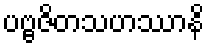
ပဗ္ဗဇိတသဟဿာနိ